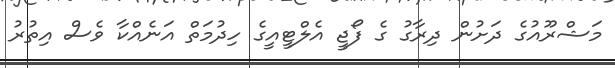
މަޝްރޫއުގެ ދަށުން ދިރާގު ގެ ފޯޖީ އެލްޓީއީގެ ހިދުމަތް އަނެއްކާ ވެސް އިތުރު